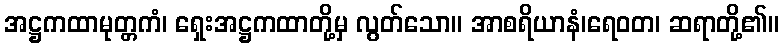
အဋ္ဌကထာမုတ္တကံ၊ ရှေးအဋ္ဌကထာတို့မှ လွတ်သော။ အာစရိယာနံ၊ရေဝတ၊ ဆရာတို့၏။